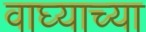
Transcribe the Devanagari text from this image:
वाघ्याच्या